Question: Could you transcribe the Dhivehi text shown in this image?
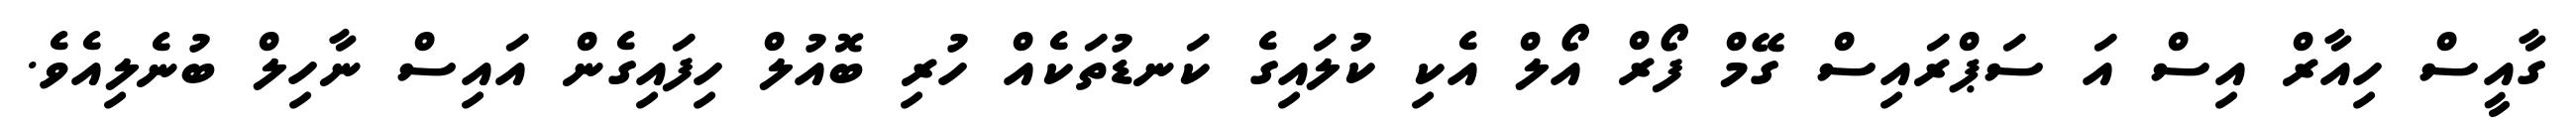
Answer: ގާއީސް ހިއާރް އިސް އަ ސަޕްރައިސް ގޭމް ފޯރް އޯލް އެކި ކުލައިގެ ކަނޑުތަކެއް ހުރި ބޮއުލް ހިފައިގެން އައިސް ނާހިލް ބުނެލިއެވެ.